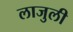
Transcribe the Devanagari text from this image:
लाजुली